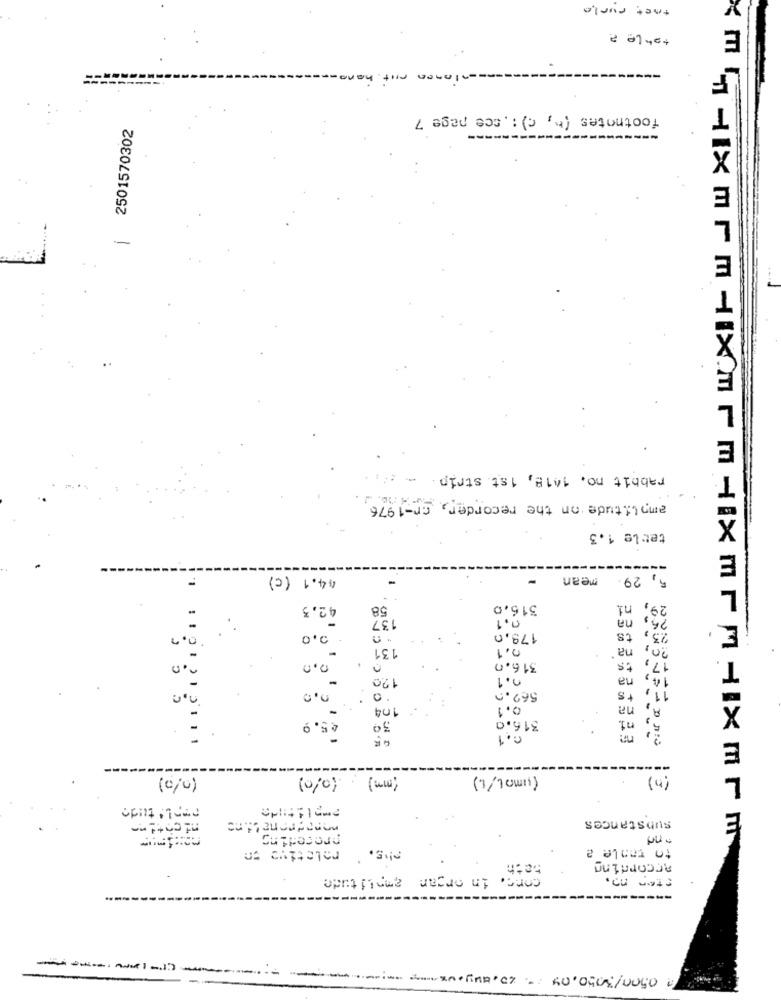
thet surle
X
E
tohle ?
-nionen mit, ha
footnotes (h, c) : cce page 7
2501570302
rabbit no. 1418, ist. strip. ...
amplitude on the recorder, cr-1976
tetle 1.3
44.1 (c)
mean
5, 29.
42.3
137
316,0
n1
29,
0.1
na
25,
1
2.0
178,0
23, ts
131
0.1
20,
0.0
na '
17,
316.0
ts
120
0.1
14, na
562.0
0.
104
0.1
A, na
45.9
316,0
5, n1
30
G. 1
(mm) (0/0)
(um l/1.)
(b)
L
(0/0)
amplitude
substances
E
preceding
relative en
PU -
to ranle a
bath
according
conc. in organ amplitude
-------
.-- ------
0.500/3050.09 / 20.augux